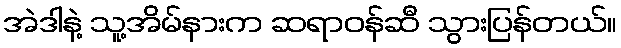
အဲဒါနဲ့ သူ့အိမ်နားက ဆရာဝန်ဆီ သွားပြန်တယ်။